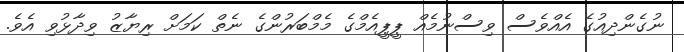
ނުގެންދިއުގެ އެއްވެސް ވިސްނުމެއް ޕީޕީއެމްގެ މެމްބަރުންގެ ނެތް ކަމަށް ރިޔާޒު ވިދާޅުވި އެވެ.